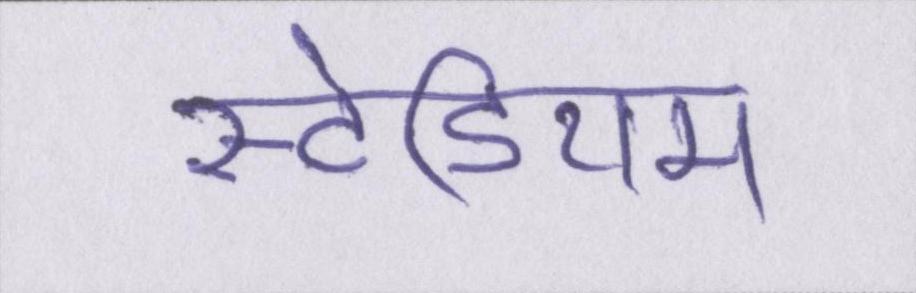
स्टेडियम